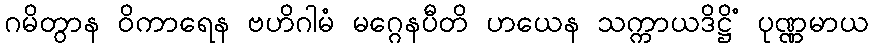
ဂမိတွာန ဝိကာရေန ဗဟိဂါမံ မဂ္ဂေနပီတိ ဟယေန သက္ကာယဒိဋ္ဌိံ ပုဏ္ဏမာယ